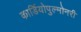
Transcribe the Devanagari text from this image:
कार्डियोपुल्मोनरी